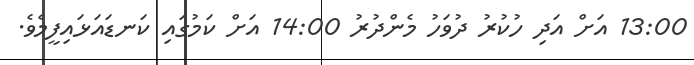
13:00 އަށް އަދި ހުކުރު ދުވަހު މެންދުރު 14:00 އަށް ކަމުގައި ކަނޑައަޅައިފީމެވެ.